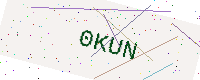
Text: 0KUN